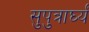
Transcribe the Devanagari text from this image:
सुपुत्रार्घ्यं